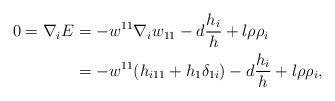
LaTeX: \begin{align*}0=\nabla_{i}E&=-w^{11}\nabla_{i}w_{11}-d\frac{h_{i}}{h}+l\rho\rho_{i}\\&=-w^{11}(h_{i11}+h_{1}\delta_{1i})-d\frac{h_{i}}{h}+l\rho\rho_{i},\end{align*}